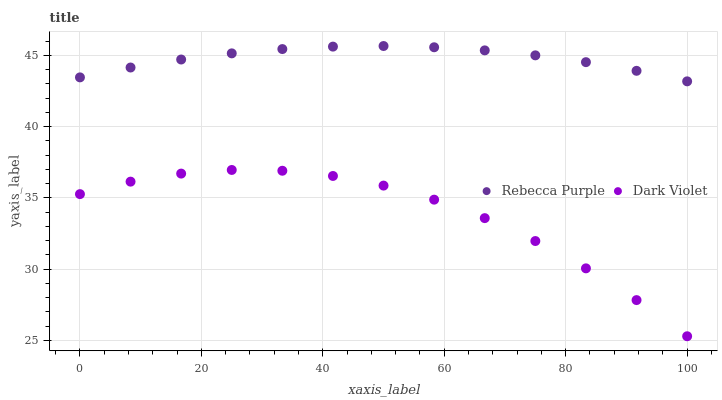
| xaxis_label | Rebecca Purple | Dark Violet |
 | --- | --- | --- |
 | 0 | 43.5 | 35.3 |
 | 8.33 | 44.1 | 36.1 |
 | 16.7 | 44.7 | 36.7 |
 | 25 | 45.1 | 37 |
 | 33.3 | 45.4 | 36.9 |
 | 41.7 | 45.6 | 36.5 |
 | 50 | 45.7 | 35.9 |
 | 58.3 | 45.6 | 34.9 |
 | 66.7 | 45.3 | 33.6 |
 | 75 | 45 | 32 |
 | 83.3 | 44.5 | 30.1 |
 | 91.7 | 43.9 | 27.8 |
 | 100 | 43.2 | 25.3 |